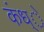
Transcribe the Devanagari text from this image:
कंध्े